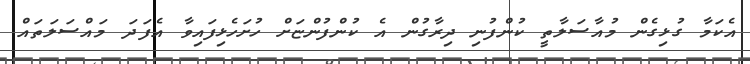
އެކަމާ ގުޅިގެން މުއާސަލާތީ ކުންފުނި ދިރާގުން އެ ކުންފުންޏަށް ހުށަހެޅިފައިވާ އެފަދަ މައްސަލަތައް